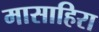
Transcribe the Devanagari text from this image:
मासाहिरा